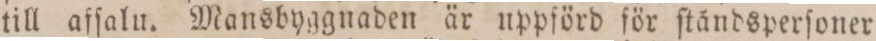
till afſalu. Mansbyggnaden är uppförd för ſtåndsperſoner